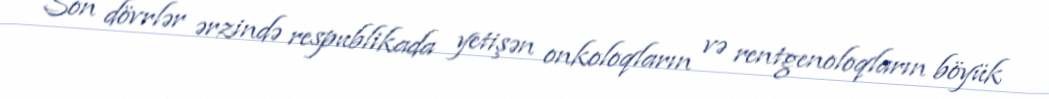
Son dövrlər ərzində respublikada yetişən onkoloqların və rentgenoloqların böyük